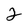
Character: 2